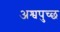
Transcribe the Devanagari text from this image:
अश्वपुच्छ